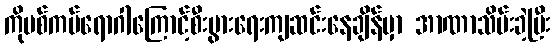
ကိုဗစ်ကပ်ရောဂါကြောင့်စီးပွားရေးကျဆင်းနေချိန်မှာ အာဏာသိမ်းခဲ့ပြီး